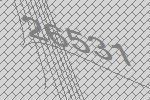
26531